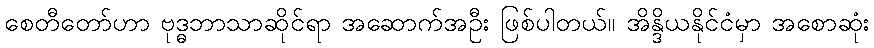
စေတီတော်ဟာ ဗုဒ္ဓဘာသာဆိုင်ရာ အဆောက်အဦး ဖြစ်ပါတယ်။ အိန္ဒိယနိုင်ငံမှာ အစောဆုံး